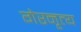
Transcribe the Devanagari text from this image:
गेरनृत्य